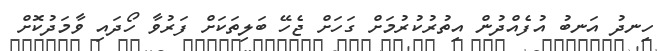
ހިނދު އަނބު އުފެއްދުން އިތުރުކުރުމަށް ގަހަށް ޖެހޭ ބަލިތަކަށް ފަރުވާ ހޯދައި ވާމަދުކޮށް